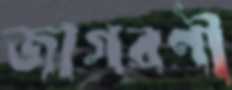
জাগরণী